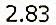
2.83